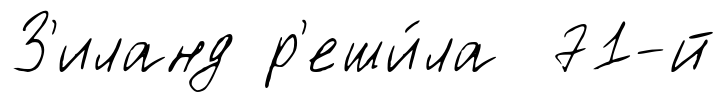
З'иланд р'еши́ла 71-й